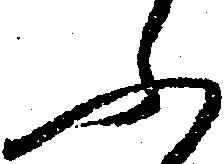
ふ